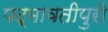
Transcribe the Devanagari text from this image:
पद्मावतीपुरी